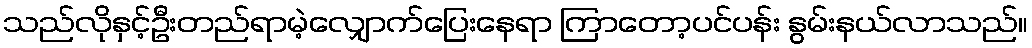
သည်လိုနှင့်ဦးတည်ရာမဲ့လျှောက်ပြေးနေရာ ကြာတော့ပင်ပန်း နွမ်းနယ်လာသည်။